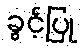
ခွင့်ပြု